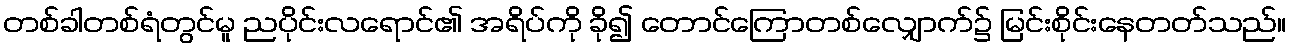
တစ်ခါတစ်ရံတွင်မူ ညပိုင်းလရောင်၏ အရိပ်ကို ခို၍ တောင်ကြောတစ်လျှောက်၌ မြင်းစိုင်းနေတတ်သည်။